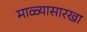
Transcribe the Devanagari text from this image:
माळ्यासारखा